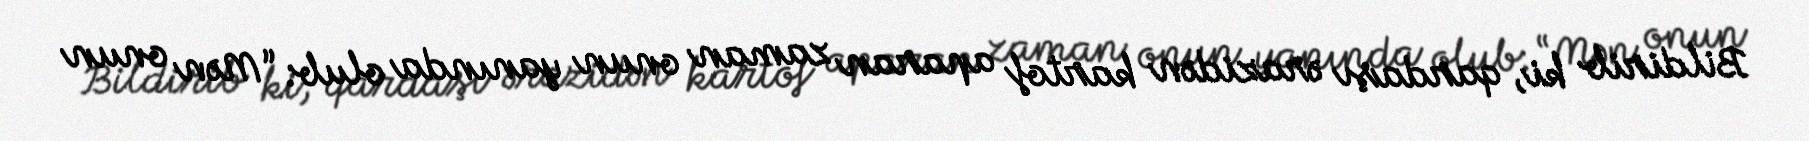
Bildirib ki, qardaşı ərazidən kartof aparan zaman onun yanında olub: “Mən onun